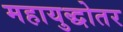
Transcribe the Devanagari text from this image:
महायुद्धोतर